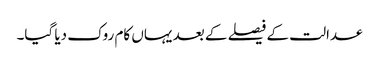
عدالت کے فیصلے کے بعد یہاں کام روک دیا گیا۔